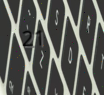
21